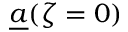
\underline { { a } } ( \zeta = 0 )